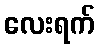
လေးရက်